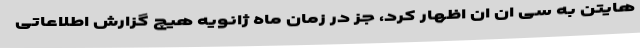
هایتن به سی ان ان اظهار کرد، جز در زمان ماه ژانویه هیچ گزارش اطلاعاتی